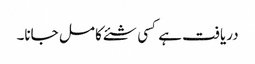
دریافت ہے کسی شئے کا مل جانا۔